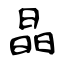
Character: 晶